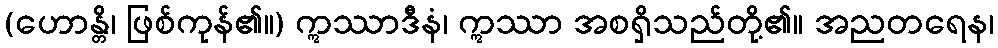
(ဟောန္တိ၊ ဖြစ်ကုန်၏။) ဣဿာဒီနံ၊ ဣဿာ အစရှိသည်တို့၏။ အညတရေန၊